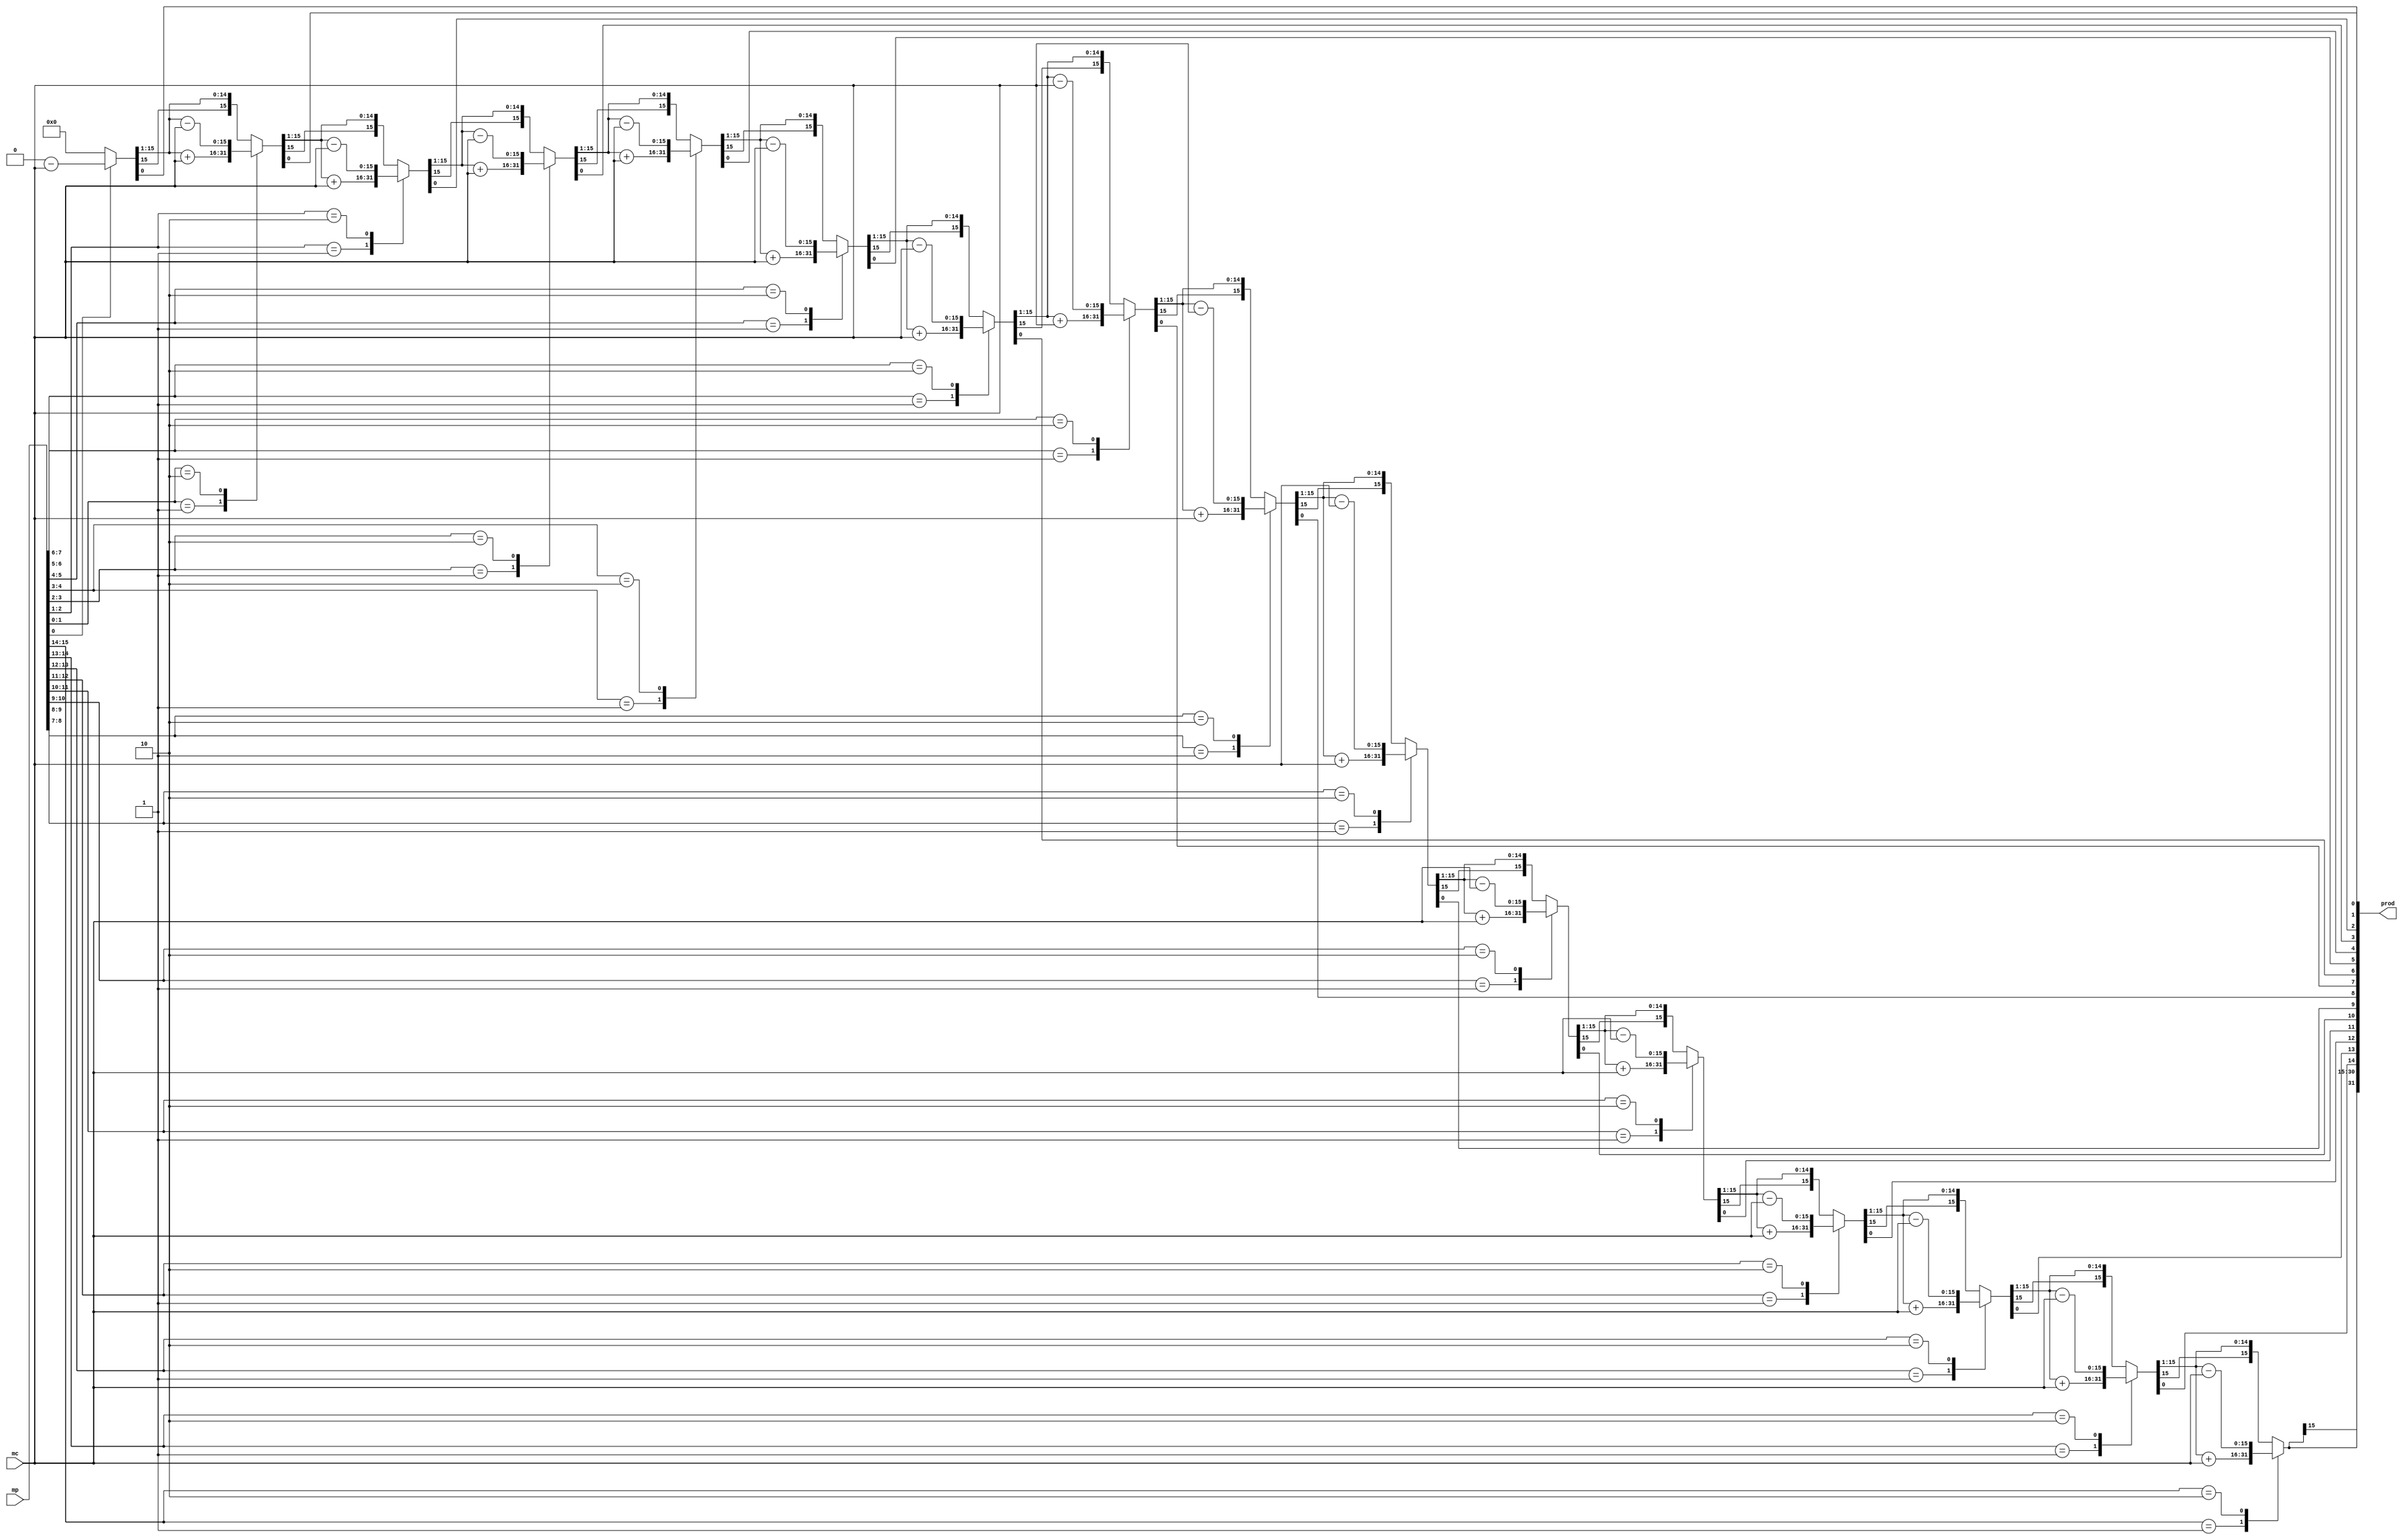

module booth(prod, mc, mp);
output signed[31:0] prod;

input signed[15:0] mc, mp;
reg signed[15:0] A, Q, M;
reg Q_1;
integer i;

//alu adder (sum, A, M, 1'b1);
//alu subtracter (difference, A, ~M, 1'b1);
always @(mc,mp)
begin
 A = 15'b000000000000000;
 M = mc;
 Q = mp;
 Q_1 = 1'b0;
 for(i=0;i<16;i=i+1)
begin
 case ({Q[0], Q_1})
// 2'b0_1 :  {A, Q, Q_1}={sum,Q,Q_1};
// 2'b1_0 :{A, Q, Q_1}={difference,Q,Q_1};
// default: {A, Q, Q_1} = {A, Q, Q_1};
2'b0_1 :A=A+M;
2'b1_0 :A=A-M;
default: A=A;
 endcase


Q_1=Q[0];
Q=Q>>1;
Q[15]=A[0];

A= A>>>1;

//$display("%b",A);
//$display("%b",Q);
//$display("%b",Q_1);

end 
end

assign prod = {A, Q};
endmodule
/*
module alu(out, a, b, cin);
output [15:0] out;
input signed[15:0] a;
input signed[15:0] b;
input cin;
assign out = a + b + cin;
endmodule*/